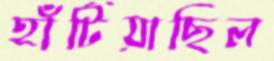
হাঁটিয়াছিল